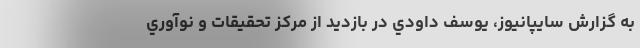
به گزارش سايپانيوز، يوسف داودي در بازديد از مركز تحقيقات و نوآوري